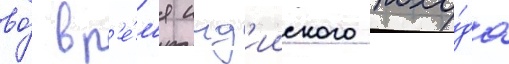
во́ вр'е́м'я инд'ииского похо́да